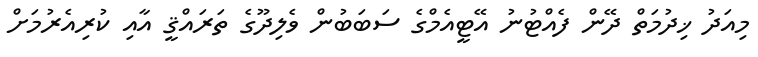
މިއަދު ޚިދުމަތް ދޭން ފެއްޓުނު އޭޓީއެމްގެ ސަބަބުން ވެލިދޫގެެ ތަރައްޤީ އާއި ކުރިއެރުމަށް